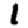
Digit: 1